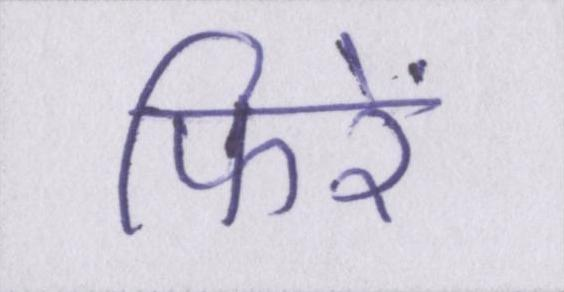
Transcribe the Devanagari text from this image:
फिरें